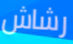
رشاش